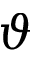
\vartheta